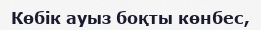
Көбік ауыз боқты көнбес,